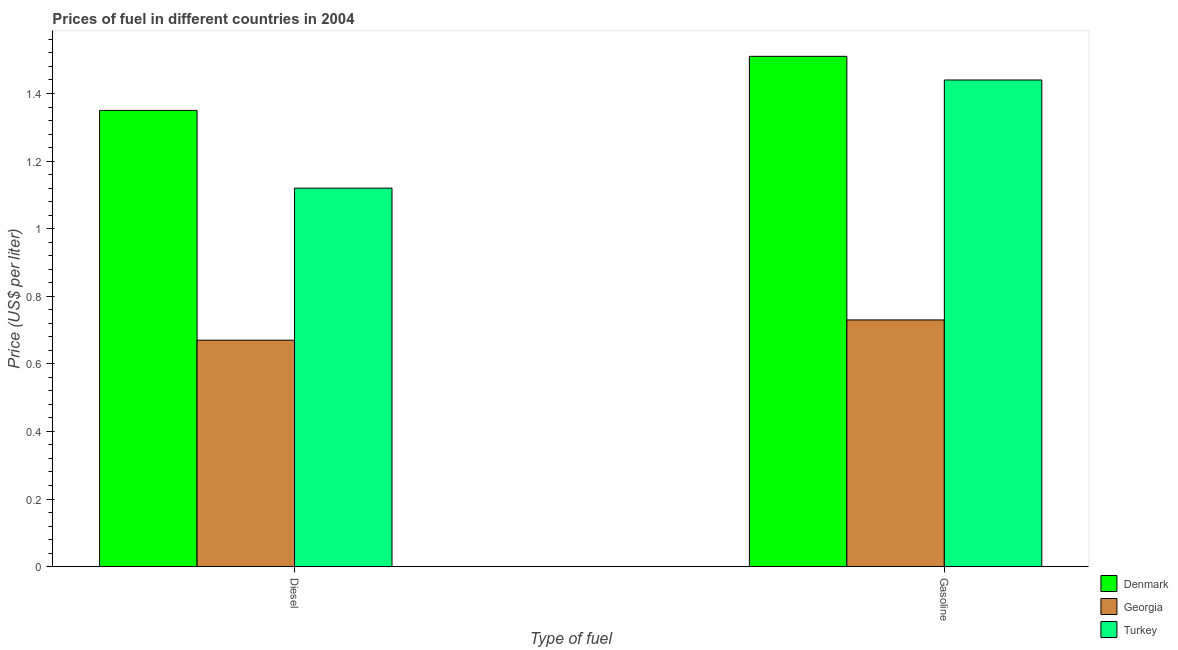
| Type of fuel | Denmark | Georgia | Turkey |
 | --- | --- | --- | --- |
 | Diesel | 1.35 | 0.67 | 1.12 |
 | Gasoline | 1.51 | 0.73 | 1.44 |